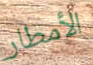
الأمطار